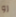
رو